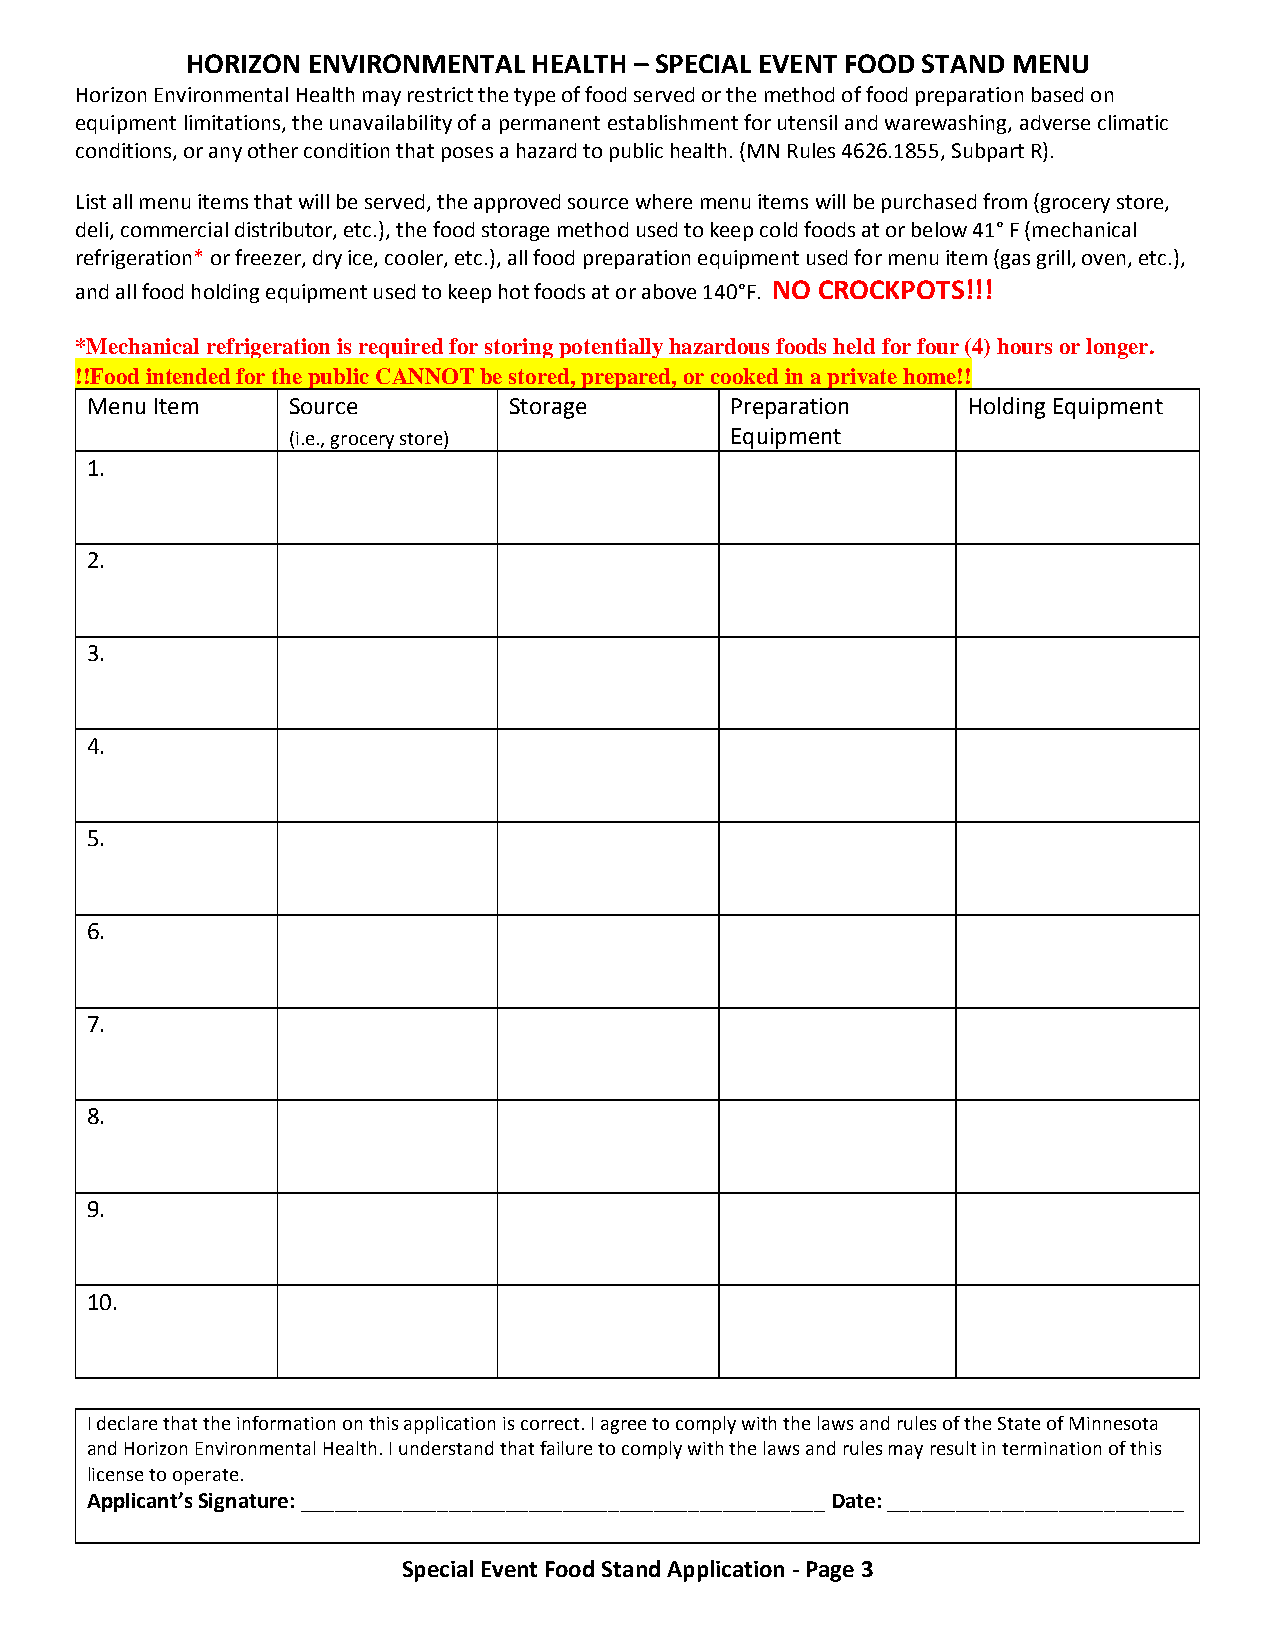
HORIZON ENVIRONMENTAL  HEALTH – SPECIAL EVENT FOOD STAND MENU
 Horizon Environmental Health may restrict the type of food served or the method of food preparation based on
 equipment limitations, the unavailability of a permanent establishment for utensil and warewashing, adverse climatic
 conditions, or any other condition that poses a hazard to public health. (MN Rules 4626.1855, Subpart R).
 List all menu items that will be served, the approved source where menu items will be purchased from (grocery store,
 deli, commercial distributor, etc.), the food storage method used to keep cold foods at or below 41° F (mechanical
 refrigeration* or freezer, dry ice, cooler, etc.), all food preparation equipment used for menu item (gas grill, oven, etc.),
 and all food holding equipment used to keep hot foods at or above 140°F. NO CROCKPOTS!!!
 *Mechanical refrigeration is required for storing potentially hazardous foods held for four (4) hours or longer.
 !!Food intended for the public CANNOT be stored, prepared, or cooked in a private home!!
 Menu Item    Source         Storage       Preparation     Holding Equipment
 (i.e., grocery store)        Equipment
 1.
 2.
 3.
 4.
 5.
 6.
 7.
 8.
 9.
 10.
 I declare that the information on this application is correct. I agree to comply with the laws and rules of the State of Minnesota
 and Horizon Environmental Health. I understand that failure to comply with the laws and rules may result in termination of this
 license to operate.
 Applicant’s Signature: ______________________________________________ Date: __________________________
 Special Event Food Stand Application - Page 3